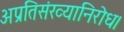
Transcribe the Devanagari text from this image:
अप्रतिसंख्यानिरोध।